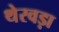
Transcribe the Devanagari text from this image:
थेरवड़ा